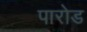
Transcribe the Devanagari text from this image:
पारोड